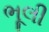
ભૂલી